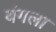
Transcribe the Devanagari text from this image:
यंगला